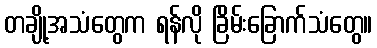
တချို့အသံတွေက ရန်လို ခြိမ်းခြောက်သံတွေ။